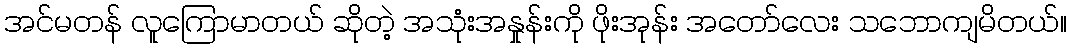
အင်မတန် လူကြောမာတယ် ဆိုတဲ့ အသုံးအနှုန်းကို ဖိုးအုန်း အတော်လေး သဘောကျမိတယ်။